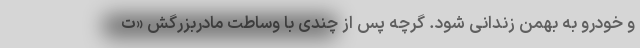
و خودرو به بهمن زندانی شود. گرچه پس از چندی با وساطت مادربزرگش «ت